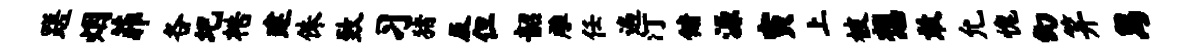
蹉烟菲各圯梏建侏致习猪及但韶雕任遍汀储源寅上被想敢允愧幻笄舄